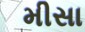
મીસા